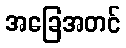
အခြေအတင်